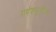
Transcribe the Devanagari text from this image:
गणेशमूर्तीच्या